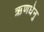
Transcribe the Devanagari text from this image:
ऋणधेनु